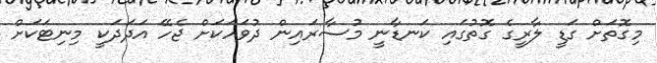
މިގޮތަށް ގަޑީ ލާރީގެ ގޮތުގައި ކަނޑާނީ މުސާރައިން ދުވަހަކަށް ޖެހޭ އަދަދަކީ މިނިޓަކަށް